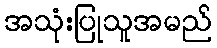
အသုံးပြုသူအမည်